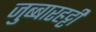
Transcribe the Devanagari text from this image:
जुब्‍बारहट्टी